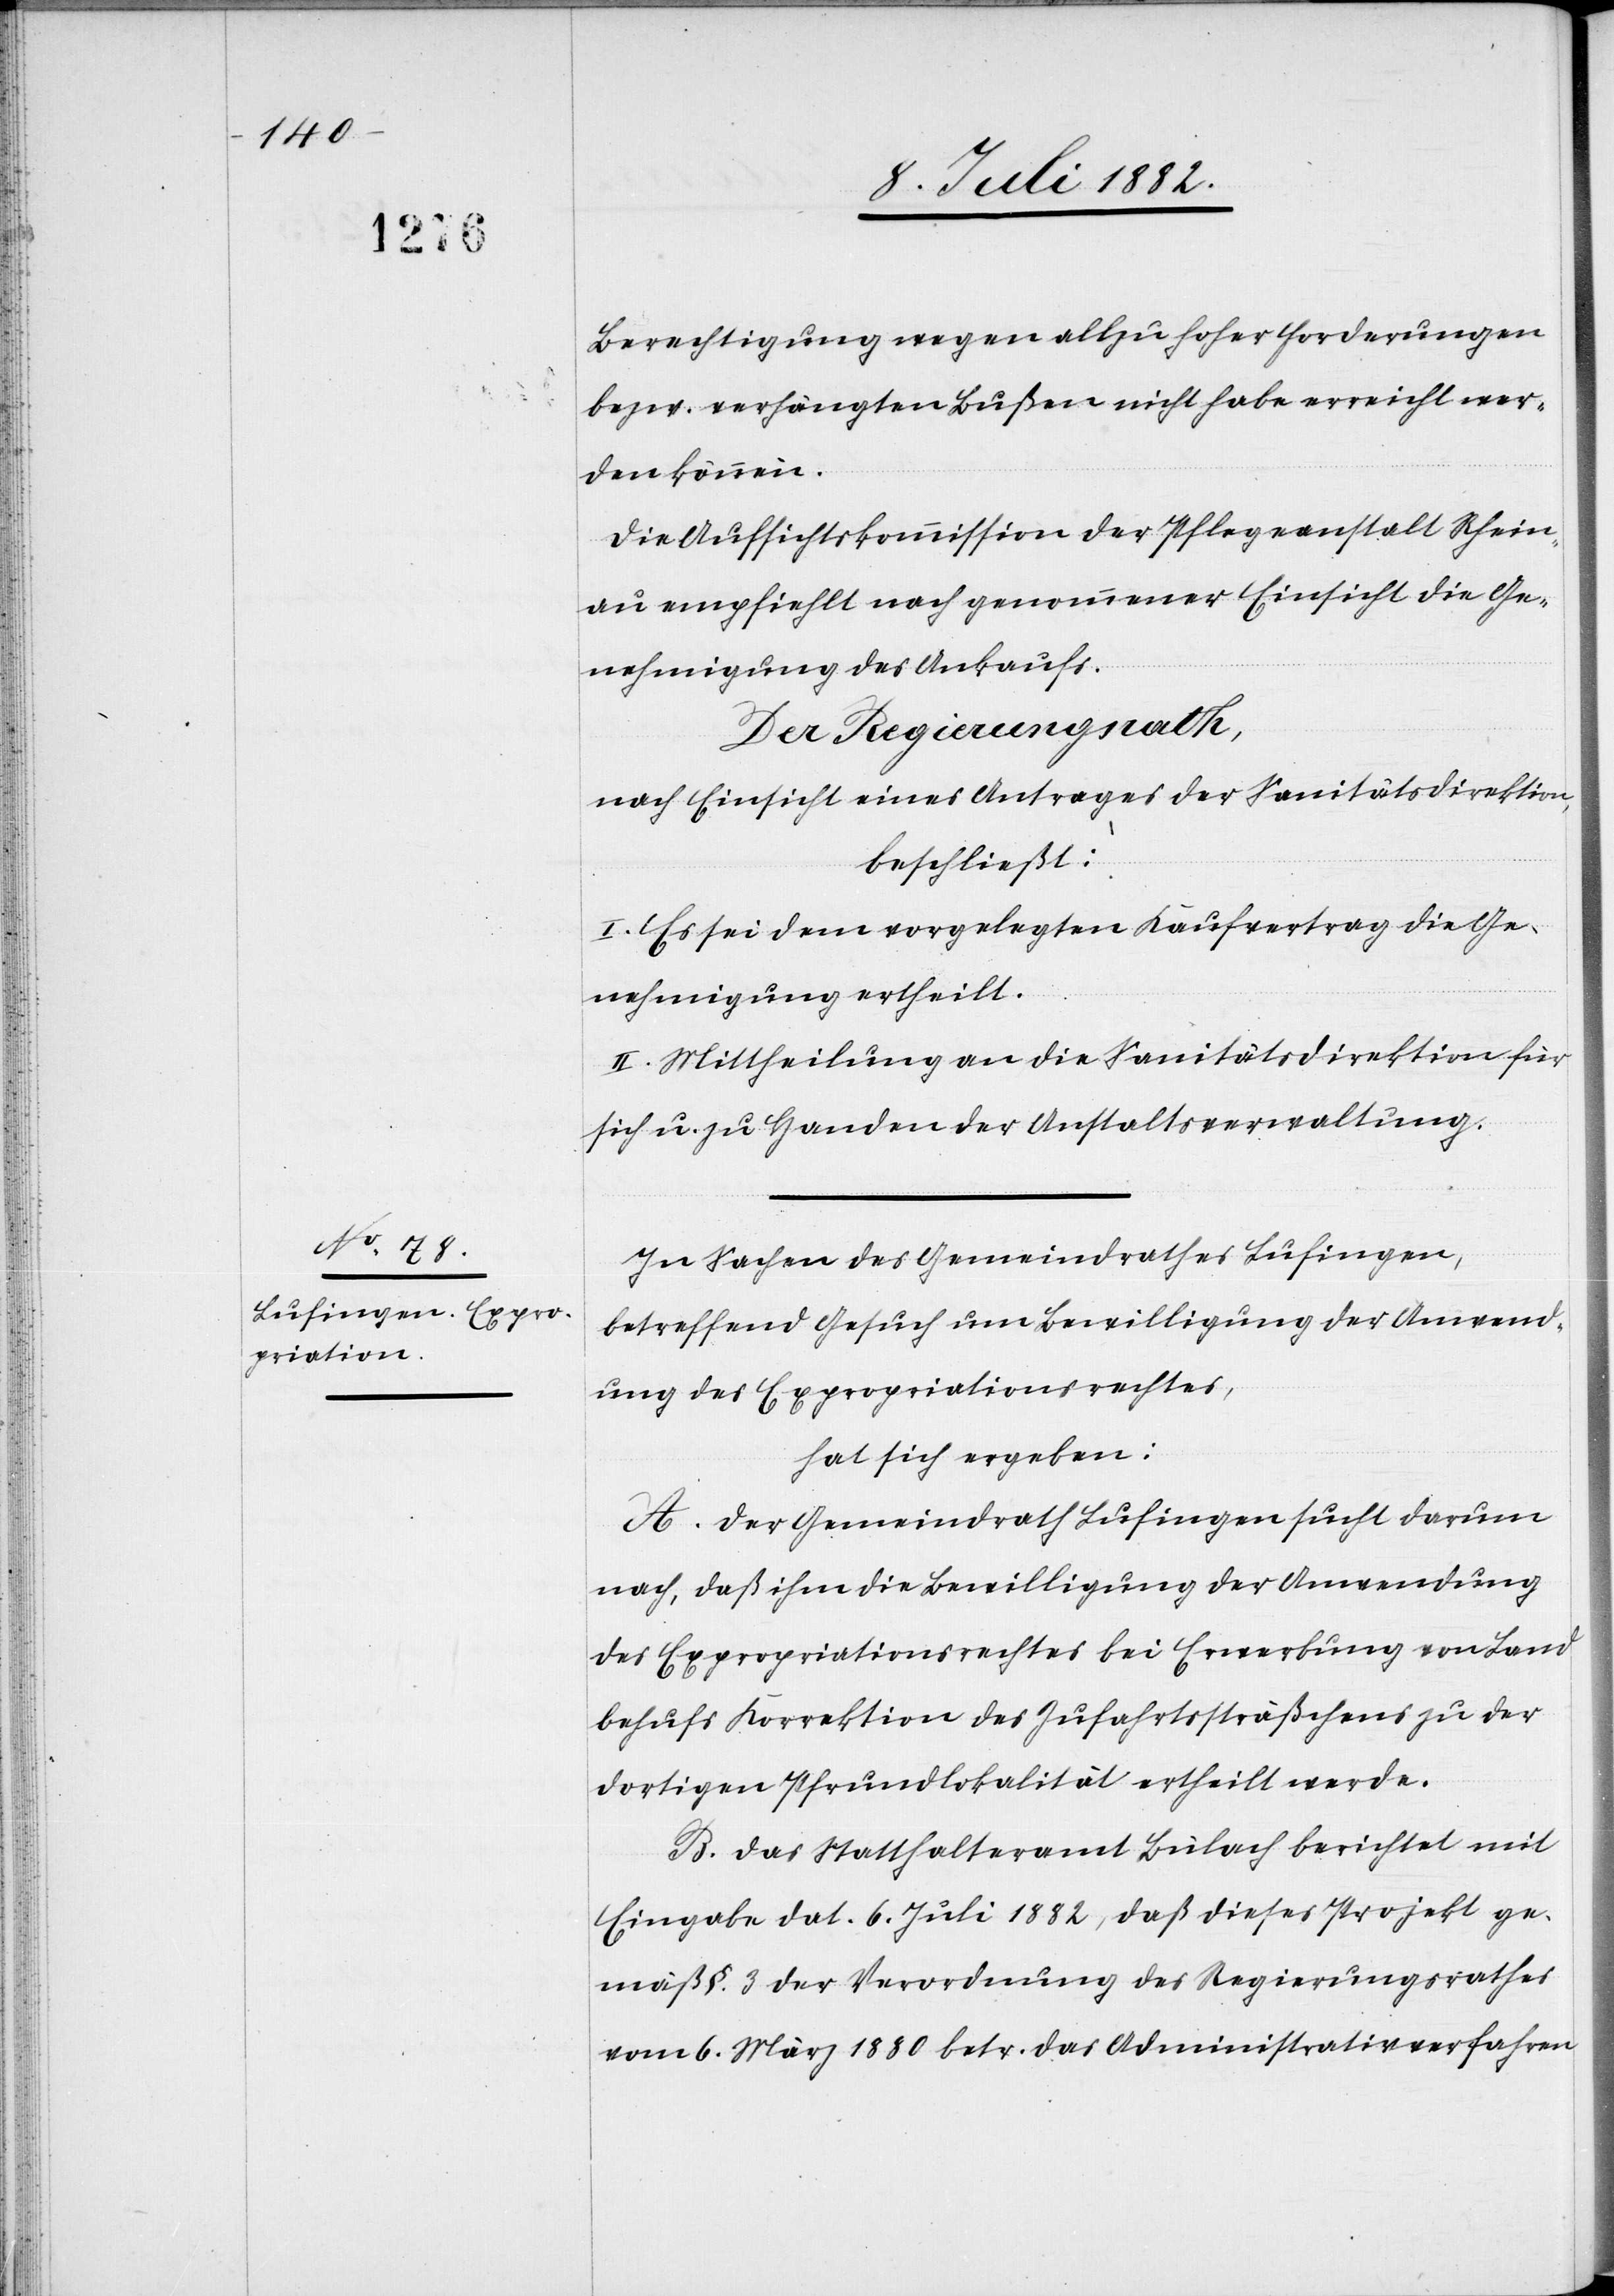
Berechtigung wegen allzu hoher Forderungen
bezw. verhängten Bußen nicht habe erreicht wer¬
den können.
Die Aufsichtskommission der Pflegeanstalt Rhein¬
au empfiehlt nach genommener Einsicht die Ge¬
nehmigung des Ankaufs.
Der Regierungsrath,
nach Einsicht eines Antrages der Sanitätsdirektion,
beschließt:
I. Es sei dem vorgelegten Kaufvertrag die Ge¬
nehmigung ertheilt.
II. Mittheilung an die Sanitätsdirektion für
sich u. zu Handen der Anstaltsverwaltung.
In Sachen des Gemeindrathes Lufingen,
betreffend Gesuch um Bewilligung der Anwend¬
ung des Expropriationsrechtes,
hat sich ergeben:
A. Der Gemeindrath Lufingen sucht darum
nach, daß ihm die Bewilligung der Anwendung
des Expropriationsrechtes bei Erwerbung von Land
behufs Korrektion des Zufahrtssträßchens zu der
dortigen Pfrundlokalität ertheilt werde.
B. Das Statthalteramt Bülach berichtet mit
Eingabe dat. 6. Juli 1882, daß dieses Projekt ge¬
mäß §. 3 der Verordnung des Regierungsrathes
vom 6. März 1880 betr. das Administrativverfahren